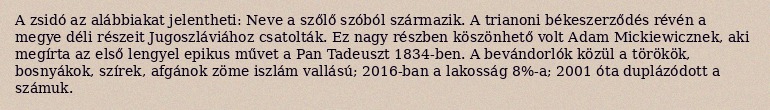
A zsidó az alábbiakat jelentheti: Neve a szőlő szóból származik. A trianoni békeszerződés révén a megye déli részeit Jugoszláviához csatolták. Ez nagy részben köszönhető volt Adam Mickiewicznek, aki megírta az első lengyel epikus művet a Pan Tadeuszt 1834-ben. A bevándorlók közül a törökök, bosnyákok, szírek, afgánok zöme iszlám vallású; 2016-ban a lakosság 8%-a; 2001 óta duplázódott a számuk.